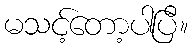
မသင့်တော့ပါပြီ။